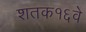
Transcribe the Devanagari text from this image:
शतक१६वे